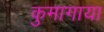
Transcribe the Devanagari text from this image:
कुमागाया